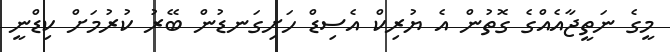
މީގެ ނަތީޖާއެއްގެ ގޮތުން އެ ޔުރިކް އެސިޑް ހަށިގަނޑުން ބޭރު ކުރުމަށް ކިޑްނީ